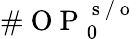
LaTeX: \# \mathrm{~O~P~}_{0}^{\mathrm{~s~/~o~}}